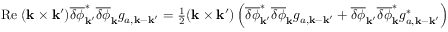
\begin{array} { r } { \mathrm { R e } \; ( { \bf k } \times { \bf k } ^ { \prime } ) \overline { { \delta \phi } } _ { { \bf k } ^ { \prime } } ^ { \ast } \overline { { \delta \phi } } _ { \bf k } g _ { a , { \bf k } - { \bf k } ^ { \prime } } = \frac { 1 } { 2 } ( { \bf k } \times { \bf k } ^ { \prime } ) \left( \overline { { \delta \phi } } _ { { \bf k } ^ { \prime } } ^ { \ast } \overline { { \delta \phi } } _ { \bf k } g _ { a , { \bf k } - { \bf k } ^ { \prime } } + \overline { { \delta \phi } } _ { { \bf k } ^ { \prime } } \overline { { \delta \phi } } _ { \bf k } ^ { \ast } g _ { a , { \bf k } - { \bf k } ^ { \prime } } ^ { \ast } \right) } \end{array}